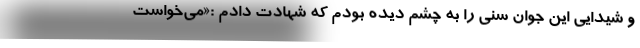
و شیدایی این جوان سُنی را به چشم دیده بودم که شهادت دادم :«می‌خواست